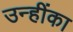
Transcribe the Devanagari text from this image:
उन्हींका